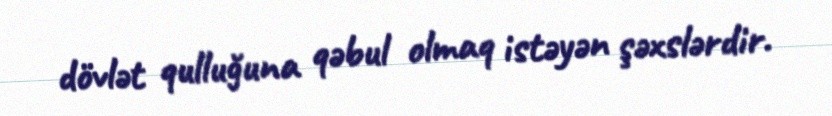
dövlət qulluğuna qəbul olmaq istəyən şəxslərdir.